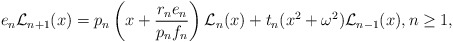
\begin{align*}e_n\mathcal{L}_{n+1}(x)&=p_n\left(x+\dfrac{r_ne_n}{p_nf_n}\right)\mathcal{L}_n(x) +t_n(x^2+\omega^2)\mathcal{L}_{n-1}(x), n\geq 1,\end{align*}